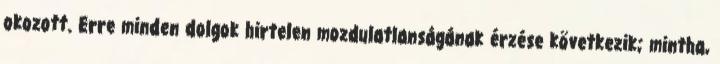
okozott. Erre minden dolgok hirtelen mozdulatlanságának érzése következik; mintha,